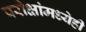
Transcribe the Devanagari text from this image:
परीक्षांमध्येही